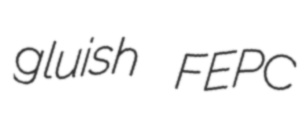
gluish FEPC